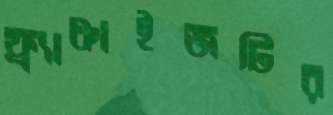
ফ্র্যাঞ্চাইজটির